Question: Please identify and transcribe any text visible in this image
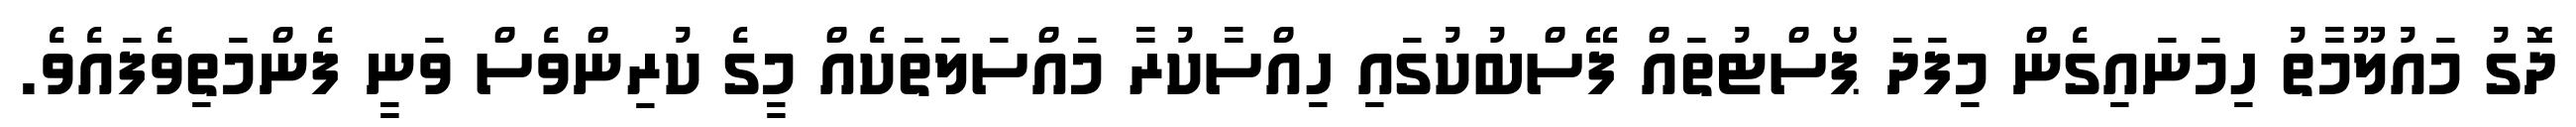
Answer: ދޮގު މައުލޫމާތު ހިމަނައިގެން މިފަދަ ޕޯސްޓުތައް ފޭސްބުކުގައި ހިއްސާކުރާ މައްސަލަތަކެއް މީގެ ކުރިންވެސް ވަނީ ފެންމަތިވެފައެވެ.